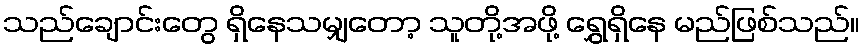
သည်ချောင်းတွေ ရှိနေသမျှတော့ သူတို့အဖို့ ရွှေရှိနေ မည်ဖြစ်သည်။